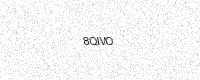
Text: 8QIVO